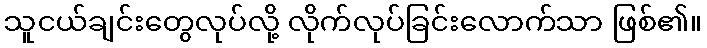
သူငယ်ချင်းတွေလုပ်လို့ လိုက်လုပ်ခြင်းလောက်သာ ဖြစ်၏။